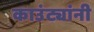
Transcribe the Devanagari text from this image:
काउंट्यांनी